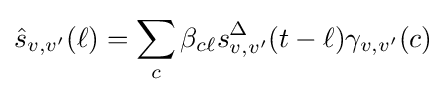
{\hat {s}}_{v,v^{\prime }}(\ell )=\sum _{c}\beta _{c\ell }s_{v,v^{\prime }}^{\Delta }(t-\ell )\gamma _{v,v^{\prime }}(c)